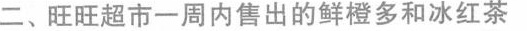
二、旺旺超市一周内售出的鲜橙多和冰红茶